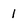
Character: 1